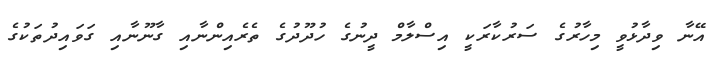
އޭނާ ވިދާޅުވީ މިހާރުގެ ސަރުކާރަކީ އިސްލާމް ދީނުގެ ހުދޫދުގެ ތެރެއިންނާއި ގާނޫނާއި ގަވައިދުތަކުގެ